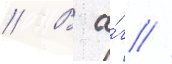
// В а́г //